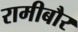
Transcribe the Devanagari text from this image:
रामीबौर